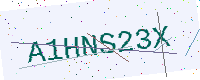
Text: A1HNS23X